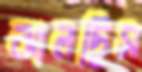
ঝালছিস